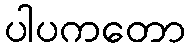
ပါပကတော